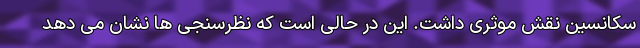
سکانسین نقش موثری داشت. این در حالی است که نظرسنجی ها نشان می دهد